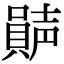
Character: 𡁩